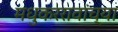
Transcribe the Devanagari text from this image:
मधुकररावांच्या